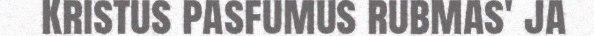
Kristus pasfumus rubmas' ja